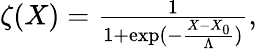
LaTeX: \begin{array}{r}{\zeta(X)=\frac{1}{1+\exp(-\frac{X-X_{0}}{\Lambda})},}\end{array}